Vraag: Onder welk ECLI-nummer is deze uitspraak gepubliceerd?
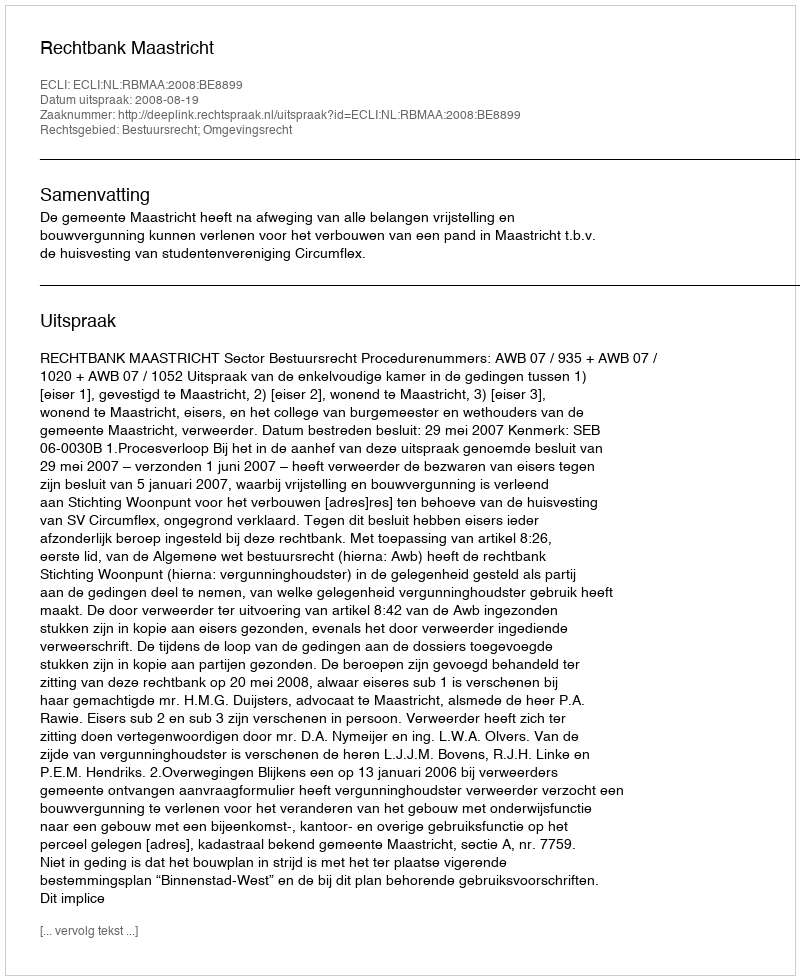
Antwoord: ECLI:NL:RBMAA:2008:BE8899